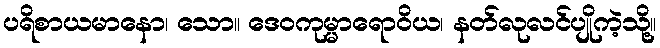
ပရိစာယမာနော၊ သော။ ဒေဝကုမ္မာရောဝိယ၊ နတ်လုလင်ပျိုကဲ့သို့။